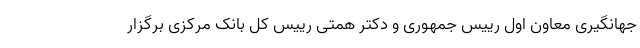
جهانگیری معاون اول رییس جمهوری و دکتر همتی رییس کل بانک مرکزی برگزار